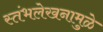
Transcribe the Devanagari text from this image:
स्तंभलेखनामुळे